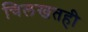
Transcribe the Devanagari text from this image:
चिलखतही